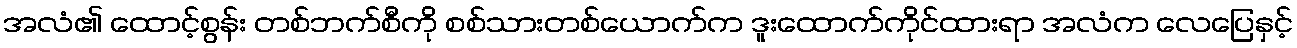
အလံ၏ ထောင့်စွန်း တစ်ဘက်စီကို စစ်သားတစ်ယောက်က ဒူးထောက်ကိုင်ထားရာ အလံက လေပြေနှင့်